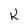
Character: U